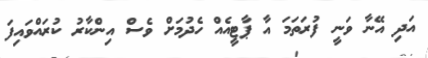
އަދި އޭނާ ވަނީ ފުރަތަމަ އާ ޕާޓީއެއް ހެދުމަށް ވެސް އިންކާރު ކުރައްވައިފަ